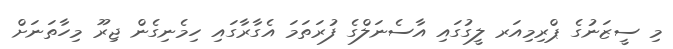
މި ސީޒަނުގެ ޕްރިމިއަރ ލީގުގައި އާސެނަލްގެ ފުރަތަމަ އެގާރާގައި ހިމެނިގެން ޖިރޫ މިހާތަނަށް